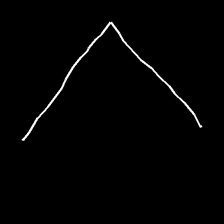
Glyph: region